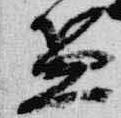
盆